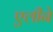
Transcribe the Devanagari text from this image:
एलीने